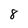
Character: 8